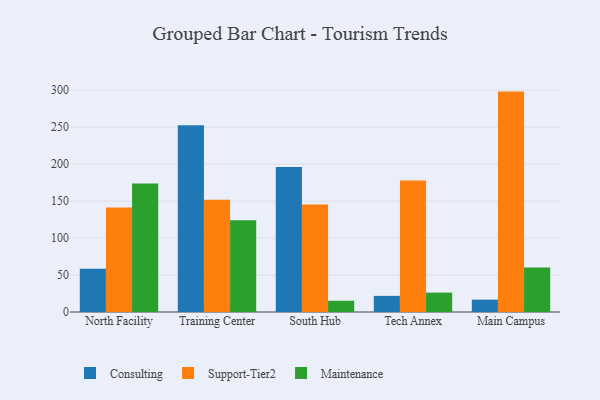
{"axis": {"x": "Campus", "y": "Shipments"}, "legend": ["Consulting", "Maintenance", "Support-Tier2"], "data": [{"x": "North Facility", "y": 58.6, "type": "Consulting"}, {"x": "North Facility", "y": 141.2, "type": "Support-Tier2"}, {"x": "North Facility", "y": 173.6, "type": "Maintenance"}, {"x": "Training Center", "y": 252.6, "type": "Consulting"}, {"x": "Training Center", "y": 151.7, "type": "Support-Tier2"}, {"x": "Training Center", "y": 123.9, "type": "Maintenance"}, {"x": "South Hub", "y": 196.2, "type": "Consulting"}, {"x": "South Hub", "y": 145.4, "type": "Support-Tier2"}, {"x": "South Hub", "y": 15.2, "type": "Maintenance"}, {"x": "Tech Annex", "y": 21.8, "type": "Consulting"}, {"x": "Tech Annex", "y": 177.9, "type": "Support-Tier2"}, {"x": "Tech Annex", "y": 26.2, "type": "Maintenance"}, {"x": "Main Campus", "y": 16.7, "type": "Consulting"}, {"x": "Main Campus", "y": 298.0, "type": "Support-Tier2"}, {"x": "Main Campus", "y": 60.0, "type": "Maintenance"}]}